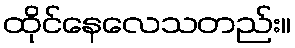
ထိုင်နေလေသတည်း။